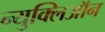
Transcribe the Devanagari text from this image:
न्युक्लिऑन